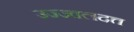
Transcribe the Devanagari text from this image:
उज्ज्वलदत्त